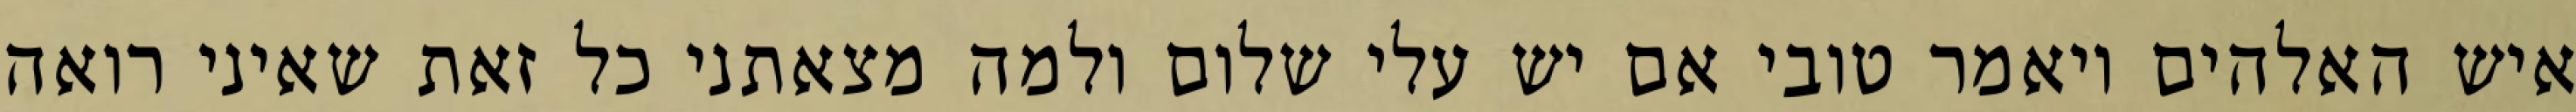
איש האלהים ויאמר טובי אם יש עלי שלום ולמה מצאתני כל זאת שאיני רואה